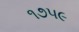
૧૭૫૯